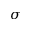
\sigma